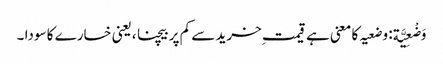
وَضْعِیَّة: وضعیہ کا معنی ہے قیمت ِخرید سے کم پر بیچنا ،یعنی خسارے کا سودا ۔